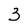
Character: 3